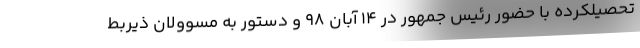
تحصیلکرده با حضور رئیس جمهور در ۱۴ آبان ۹۸ و دستور به مسوولان ذیربط